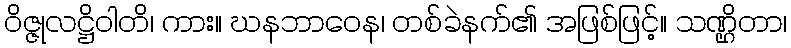
ဝိဇ္ဇုလဋ္ဌိဝါတိ၊ ကား။ ဃနဘာဝေန၊ တစ်ခဲနက်၏ အဖြစ်ဖြင့်။ သဏ္ဌိတာ၊